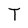
Character: T